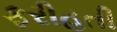
ફરીહતી